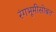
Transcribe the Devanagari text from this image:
रंगभूमीसोबत